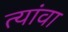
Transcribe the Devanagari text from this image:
त्यांवा